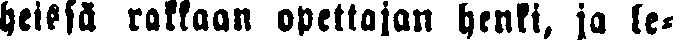
heissä rakkaan opettajan henki, ja le-